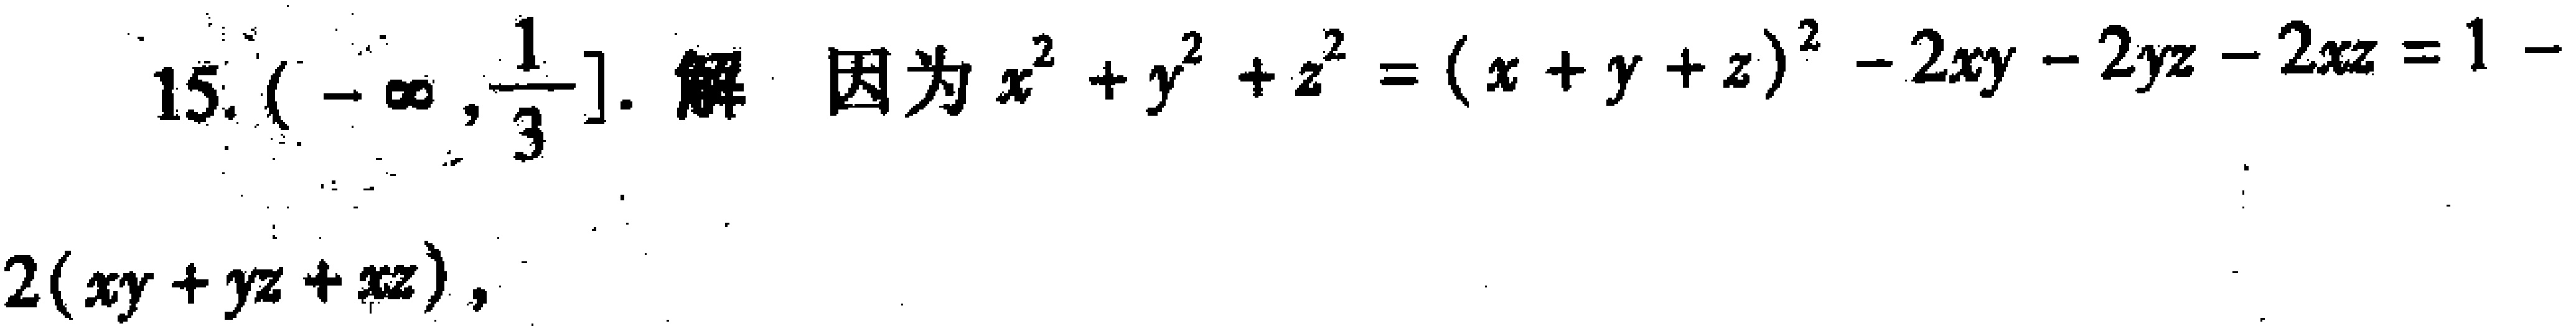
15. $(-\infty,\frac{1}{3}]$. 解 因为$x^{2}+y^{2}+z^{2}=(x + y + z)^{2}-2xy - 2yz - 2xz = 1-2(xy + yz + xz)$，